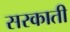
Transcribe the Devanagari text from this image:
सरकाती